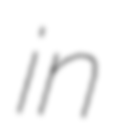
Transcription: in